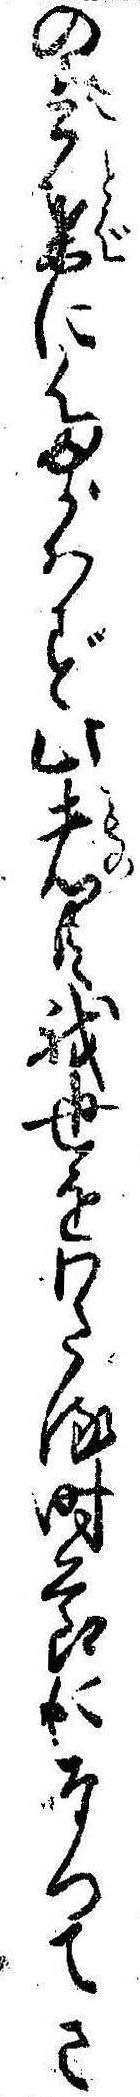
の言葉にたがはず此者共我世をわたる時節になつてさ